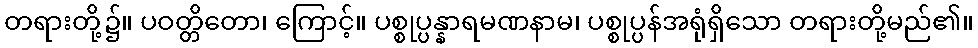
တရားတို့၌။ ပဝတ္တိတော၊ ကြောင့်။ ပစ္စုပ္ပန္နာရမဏနာမ၊ ပစ္စုပ္ပန်အရုံရှိသော တရားတို့မည်၏။